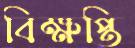
বিক্ষপ্তি